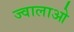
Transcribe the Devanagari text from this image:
ज्वालाओ